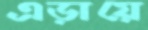
এড়ায়ে